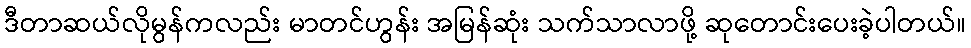
ဒီတာဆယ်လိုမွန်ကလည်း မာတင်ဟွန်း အမြန်ဆုံး သက်သာလာဖို့ ဆုတောင်းပေးခဲ့ပါတယ်။